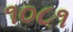
૧૦૮૧